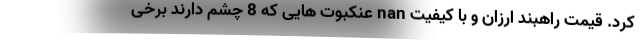
کرد. قیمت راهبند ارزان و با کیفیت nan عنکبوت هایی که 8 چشم دارند برخی